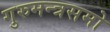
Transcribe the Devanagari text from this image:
गुरुमन्त्रसमो